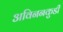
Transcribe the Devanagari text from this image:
अविननकुडी